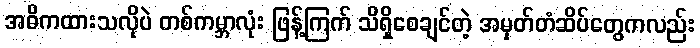
အဓိကထားသလိုပဲ တစ်ကမ္ဘာလုံး ဖြန့်ကြက် သိရှိစေချင်တဲ့ အမှတ်တံဆိပ်တွေကလည်း